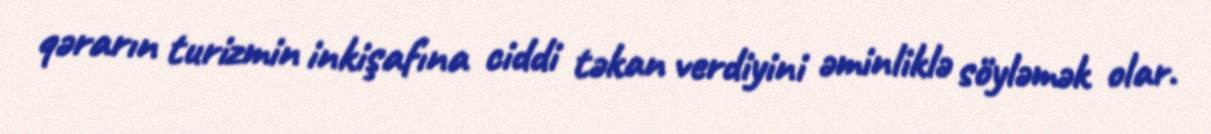
qərarın turizmin inkişafına ciddi təkan verdiyini əminliklə söyləmək olar.